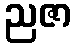
ညဇာ